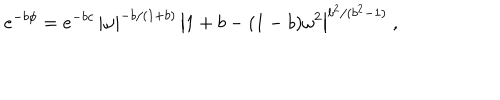
LaTeX: e ^ { - b \phi } = e ^ { - b c } \, { \left| \omega \right| } ^ { - b / ( 1 + b ) } \, { \left| 1 + b - ( 1 - b ) \omega ^ { 2 } \right| } ^ { b ^ { 2 } / ( b ^ { 2 } - 1 ) } \ ,